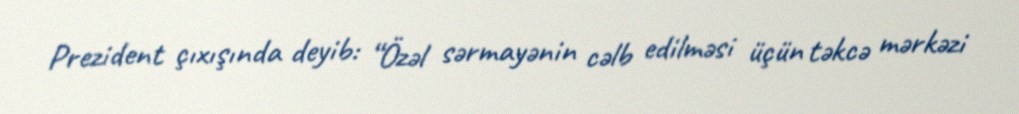
Prezident çıxışında deyib: “Özəl sərmayənin cəlb edilməsi üçün təkcə mərkəzi